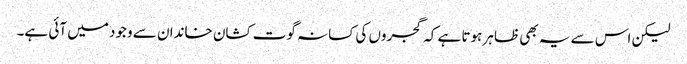
لیکن اس سے یہ بھی ظاہر ہوتا ہے کہ گجروں کی کسانہ گوت کشان خاندان سے وجود میں آئی ہے۔